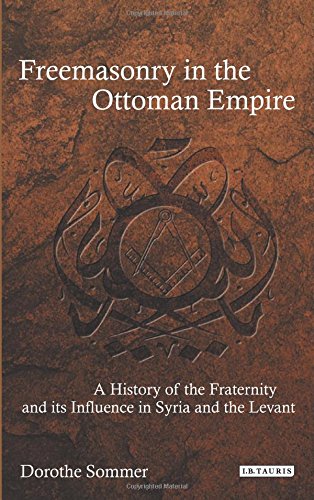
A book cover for Freemasonry in the Ottoman Empire: A History of the Fraternity and its Influence in Syria and the Levant (Library of Ottoman Studies); Dorothe Sommer; History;